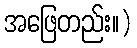
အဖြေတည်း။)